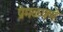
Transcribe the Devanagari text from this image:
प्रेमळपणे